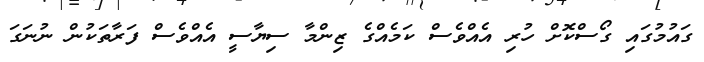
ގައުމުގައި ގޯސްކޮށް ހުރި އެއްވެސް ކަމެއްގެ ޒިންމާ ސިޔާސީ އެއްވެސް ފަރާތަކުން ނުނަގަ